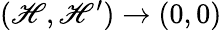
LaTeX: (\mathscr{H},\mathscr{H}^{\prime})\to(0,0)